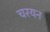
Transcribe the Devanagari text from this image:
चरयन